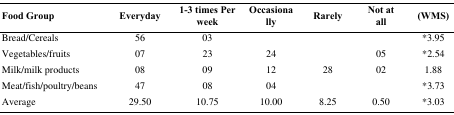
<table><thead><tr><td><b>Food Group</b></td><td><b>Everyday</b></td><td><b>1-3 times Per week</b></td><td><b>Occasionally</b></td><td><b>Rarely</b></td><td><b>Not at all</b></td><td><b>(WMS)</b></td></tr></thead><tbody><tr><td>Bread/Cereals</td><td>56</td><td>03</td><td></td><td></td><td></td><td>*3.95</td></tr><tr><td>Vegetables/fruits</td><td>07</td><td>23</td><td>24</td><td></td><td>05</td><td>*2.54</td></tr><tr><td>Milk/milk products</td><td>08</td><td>09</td><td>12</td><td>28</td><td>02</td><td>1.88</td></tr><tr><td>Meat/fish/poultry/beans</td><td>47</td><td>08</td><td>04</td><td></td><td></td><td>*3.73</td></tr><tr><td>Average</td><td>29.50</td><td>10.75</td><td>10.00</td><td>8.25</td><td>0.50</td><td>*3.03</td></tr></tbody></table>